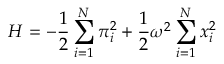
H = - { \frac { 1 } { 2 } } \sum _ { i = 1 } ^ { N } \pi _ { i } ^ { 2 } + { \frac { 1 } { 2 } } \omega ^ { 2 } \sum _ { i = 1 } ^ { N } x _ { i } ^ { 2 }